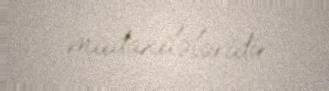
müdaxilələridir.